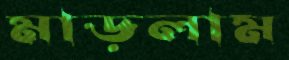
মাড়লাম